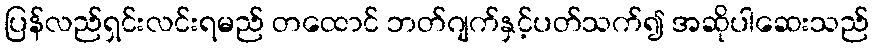
ပြန်လည်ရှင်းလင်းရမည် တထောင် ဘတ်ဂျက်နှင့်ပတ်သက်၍ အဆိုပါဆေးသည်